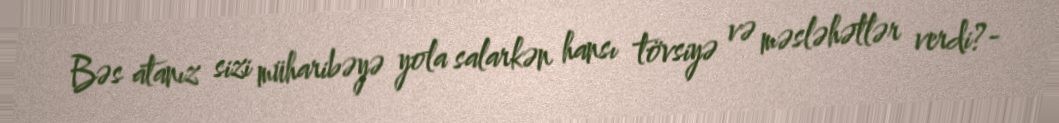
Bəs atanız sizi müharibəyə yola salarkən hansı tövsiyə və məsləhətlər verdi?-